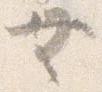
無